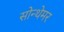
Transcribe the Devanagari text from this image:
सोन्थेमर